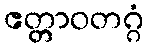
ဧတ္တာဝတဂ္ဂံ